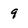
Character: 9